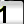
Digit: 1